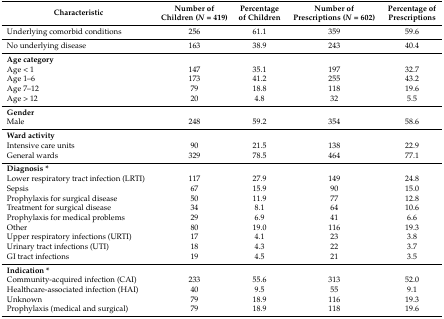
<table><thead><tr><td><b>Characteristic</b></td><td><b>Number of Children (<i>N</i> = 419)</b></td><td><b>Percentage of Children</b></td><td><b>Number of Prescriptions (<i>N</i> = 602)</b></td><td><b>Percentage of Prescriptions</b></td></tr></thead><tbody><tr><td>Underlying comorbid conditions</td><td>256</td><td>61.1</td><td>359</td><td>59.6</td></tr><tr><td>No underlying disease</td><td>163</td><td>38.9</td><td>243</td><td>40.4</td></tr><tr><td><b>Age category</b></td><td></td><td></td><td></td><td></td></tr><tr><td>Age &lt; 1</td><td>147</td><td>35.1</td><td>197</td><td>32.7</td></tr><tr><td>Age 1–6</td><td>173</td><td>41.2</td><td>255</td><td>43.2</td></tr><tr><td>Age 7–12</td><td>79</td><td>18.8</td><td>118</td><td>19.6</td></tr><tr><td>Age &gt; 12</td><td>20</td><td>4.8</td><td>32</td><td>5.5</td></tr><tr><td><b>Gender</b></td><td></td><td></td><td></td><td></td></tr><tr><td>Male</td><td>248</td><td>59.2</td><td>354</td><td>58.6</td></tr><tr><td><b>Ward activity</b></td><td></td><td></td><td></td><td></td></tr><tr><td>Intensive care units</td><td>90</td><td>21.5</td><td>138</td><td>22.9</td></tr><tr><td>General wards</td><td>329</td><td>78.5</td><td>464</td><td>77.1</td></tr><tr><td><b>Diagnosis *</b></td><td></td><td></td><td></td><td></td></tr><tr><td>Lower respiratory tract infection (LRTI)</td><td>117</td><td>27.9</td><td>149</td><td>24.8</td></tr><tr><td>Sepsis</td><td>67</td><td>15.9</td><td>90</td><td>15.0</td></tr><tr><td>Prophylaxis for surgical disease</td><td>50</td><td>11.9</td><td>77</td><td>12.8</td></tr><tr><td>Treatment for surgical disease</td><td>34</td><td>8.1</td><td>64</td><td>10.6</td></tr><tr><td>Prophylaxis for medical problems</td><td>29</td><td>6.9</td><td>41</td><td>6.6</td></tr><tr><td>Other</td><td>80</td><td>19.0</td><td>116</td><td>19.3</td></tr><tr><td>Upper respiratory infections (URTI)</td><td>17</td><td>4.1</td><td>23</td><td>3.8</td></tr><tr><td>Urinary tract infections (UTI)</td><td>18</td><td>4.3</td><td>22</td><td>3.7</td></tr><tr><td>GI tract infections</td><td>19</td><td>4.5</td><td>21</td><td>3.5</td></tr><tr><td><b>Indication *</b></td><td></td><td></td><td></td><td></td></tr><tr><td>Community-acquired infection (CAI)</td><td>233</td><td>55.6</td><td>313</td><td>52.0</td></tr><tr><td>Healthcare-associated infection (HAI)</td><td>40</td><td>9.5</td><td>55</td><td>9.1</td></tr><tr><td>Unknown</td><td>79</td><td>18.9</td><td>116</td><td>19.3</td></tr><tr><td>Prophylaxis (medical and surgical)</td><td>79</td><td>18.9</td><td>118</td><td>19.6</td></tr></tbody></table>